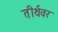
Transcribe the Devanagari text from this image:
तीर्थवर